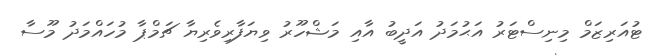
ޓުއަރިޒަމް މިނިސްޓަރު އަޙުމަދު އަދީބު އާއި މަޝްހޫރު ވިޔަފާރިވެރިޔާ ޗަމްޕާ މުހައްމަދު މޫސާ